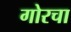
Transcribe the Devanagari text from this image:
गोरचा